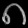
Digit: ၈